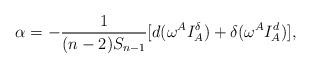
LaTeX: \begin{align*}\alpha =-\frac{1}{(n-2)S_{n-1}}[d(\omega ^{A}I_{A}^{\delta })+\delta (\omega^{A}I_{A}^{d})], \end{align*}